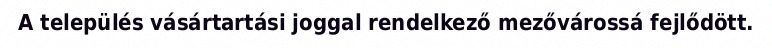
A település vásártartási joggal rendelkező mezővárossá fejlődött.